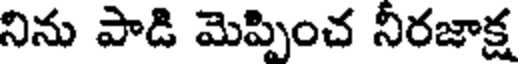
నిను పాడి మెప్పించ నీరజాక్ష